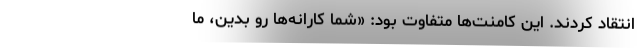
انتقاد کردند. این کامنت‌ها متفاوت بود: «شما کارانه‌ها رو بدین، ما